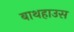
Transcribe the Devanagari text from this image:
बाथहाउस